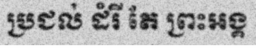
ប្រជល់ ដំរី តែ ព្រះអង្គ